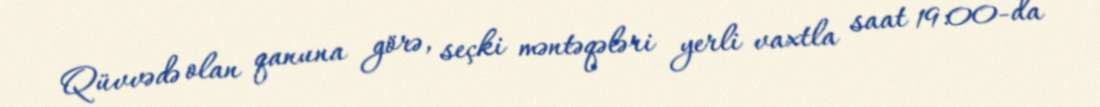
Qüvvədə olan qanuna görə, seçki məntəqələri yerli vaxtla saat 19:00-da